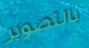
بالتصوير